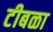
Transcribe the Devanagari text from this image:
टीबळा